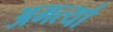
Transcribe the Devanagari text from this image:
अमर्त्या